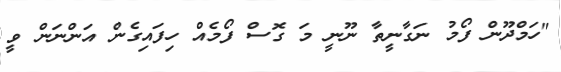
"ހަމްދޫން ފޯމު ނަގާނީތާ ނޫނީ މަ ގޮސް ފޯމެއް ހިފައިގެން އަންނަން ވީ